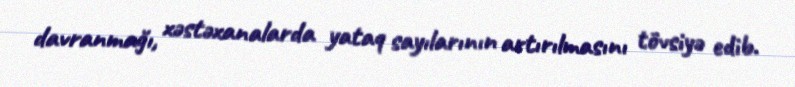
davranmağı, xəstəxanalarda yataq sayılarının artırılmasını tövsiyə edib.